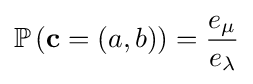
\mathbb {P} \left({\textbf {c}}=(a,b)\right)={\frac {e_{\mu }}{e_{\lambda }}}